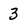
Character: 3